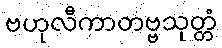
ဗဟုလီကာတဗ္ဗသုတ္တံ